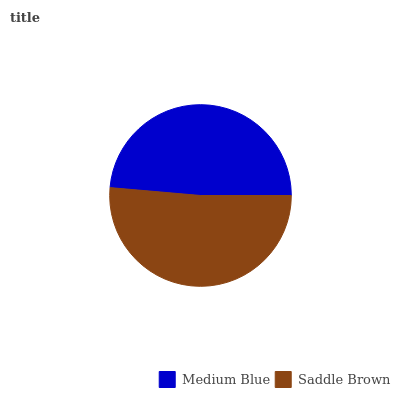
| Medium Blue | Saddle Brown |
 | --- | --- |
 | 48.6% | 51.4% |